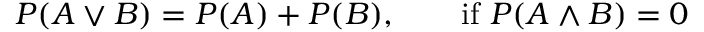
P ( A \lor B ) = P ( A ) + P ( B ) , \qquad { \mathrm { i f ~ } } P ( A \land B ) = 0